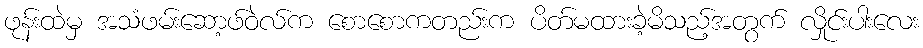
ဖုန်းထဲမှ အသံဖမ်းဆော့ဖ်ဝဲလ်က စောစောကတည်းက ပိတ်မထားခဲ့မိသည့်အတွက် လှိုင်းပါးလေး